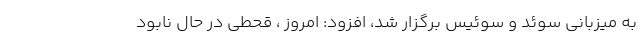
به میزبانی سوئد و سوئیس برگزار شد، افزود: امروز ، قحطی در حال نابود